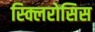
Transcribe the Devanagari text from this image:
स्क्लिरोसिस